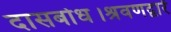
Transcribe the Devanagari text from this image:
दासबोध।श्रवणद्वारें